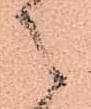
候